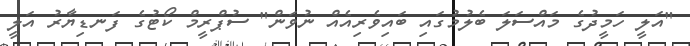
"އަލީ ހަމީދުގެ މައްސަލަ ބެލުމުގައި ބައިވެރިއެއް ނުވަން" ސުޕްރީމް ކޯޓުގެ ފަނޑިޔާރު އަލީ